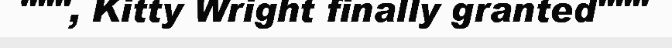
""", Kitty Wright finally granted"""